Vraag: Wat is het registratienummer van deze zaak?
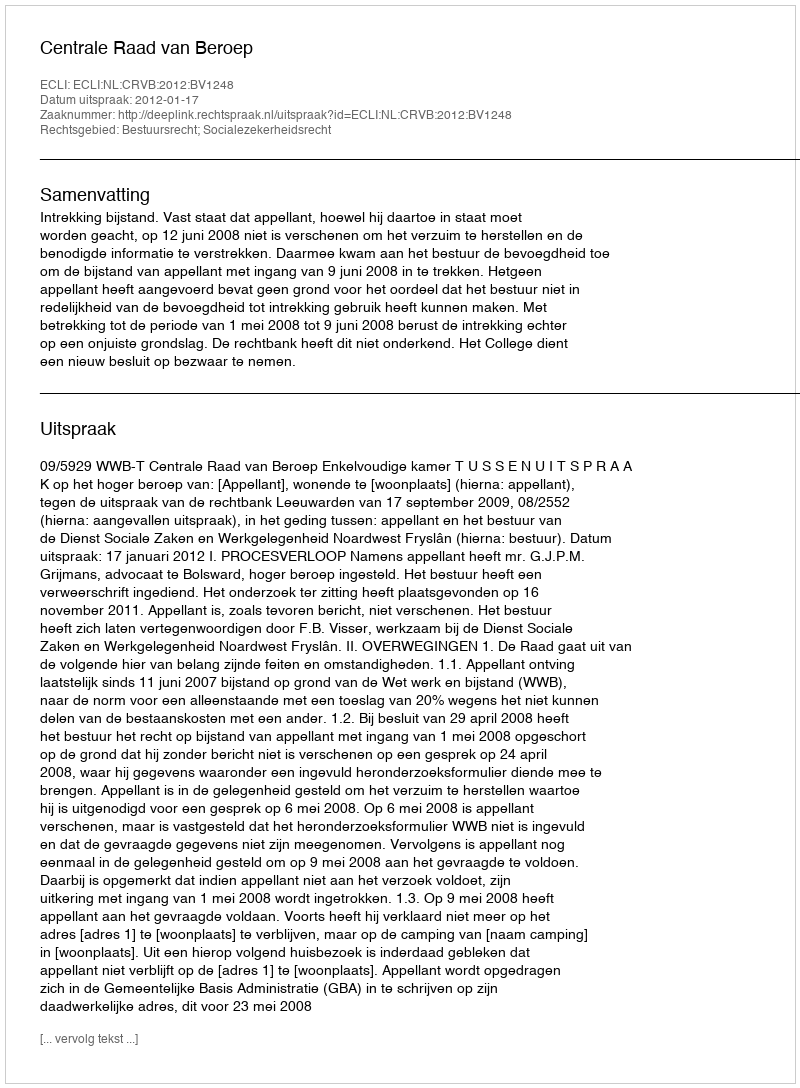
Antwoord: http://deeplink.rechtspraak.nl/uitspraak?id=ECLI:NL:CRVB:2012:BV1248